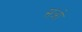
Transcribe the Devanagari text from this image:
सओ